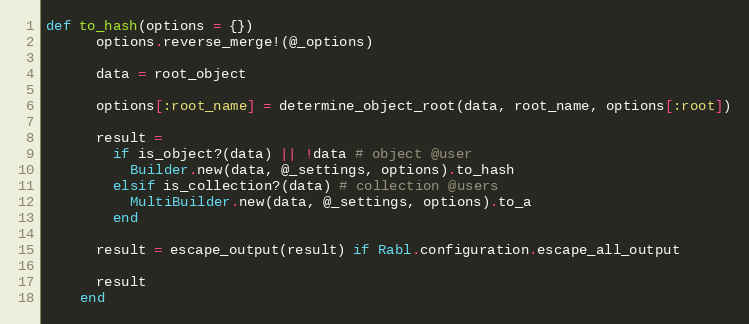
Language: Ruby
def to_hash(options = {})
      options.reverse_merge!(@_options)

      data = root_object

      options[:root_name] = determine_object_root(data, root_name, options[:root])

      result =
        if is_object?(data) || !data # object @user
          Builder.new(data, @_settings, options).to_hash
        elsif is_collection?(data) # collection @users
          MultiBuilder.new(data, @_settings, options).to_a
        end

      result = escape_output(result) if Rabl.configuration.escape_all_output

      result
    end